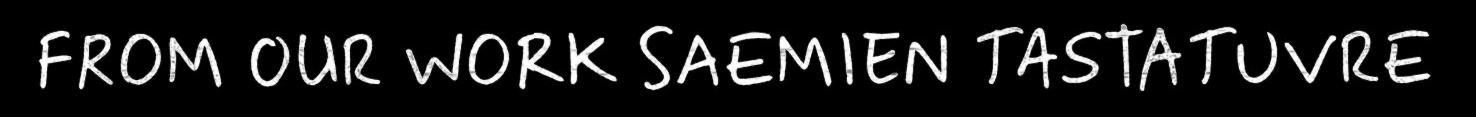
FROM OUR WORK SAEMIEN TASTATUVRE